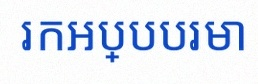
រកអប្បបរមា